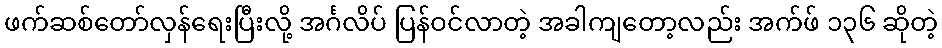
ဖက်ဆစ်တော်လှန်ရေးပြီးလို့ အင်္ဂလိပ် ပြန်ဝင်လာတဲ့ အခါကျတော့လည်း အက်ဖ် ၁၃၆ ဆိုတဲ့